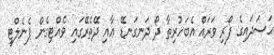
ޙަސަދައިގެ ފޯރި ވަރައް އެބަހުރިތާ ދޯ ދަނގަނޑޭ ޢާއި ދޭތެރޭގައި ވެއްޓިގެން ޕެނެލްޓީ